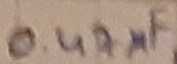
Text: 0.47µF